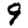
Digit: 9